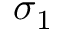
\sigma _ { 1 }